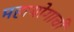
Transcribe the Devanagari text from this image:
महायोगाची